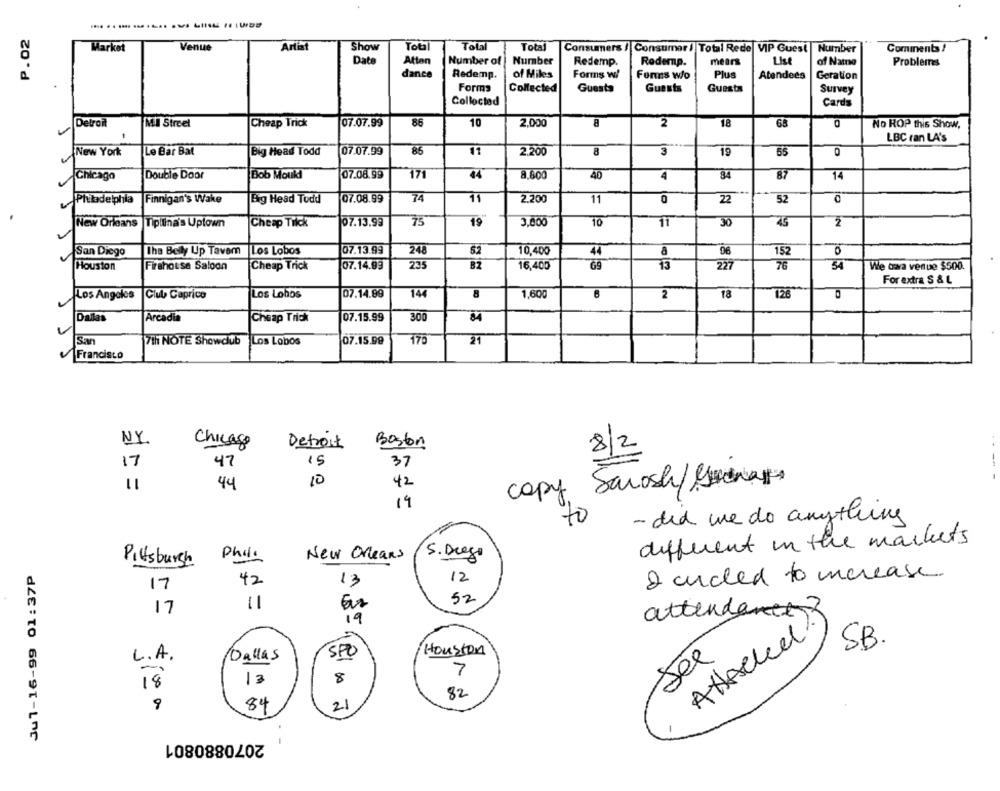
P.02
Market
Venue
Artiat
Show
Tot
Total
Total
Consumers / Consumer / Total Rede VIP Guest
Number
Comments !
Date
Atten
Number of
Number
Redemp.
Redemp.
mears
List
of Name
Problems
dance
Redemp.
of Miles
Forms w/
Forns w/o
Plus
Atendees
Geration
Forms
Collected
Guests
Guests
Guests
Survey
Collected
Cards
Detroit
MI Street
Cheap Trick
07.07.99
86
10
2.000
8
2
18
68
No ROP this Show,
LBC ran LA's
07.07.99
85
11
New York
Le Bar Bat
Big Head Todd
2,200
8
3
19
55
07.08.99
171
40
34
87
Chicago
Double Door
Bob Moukl
44
8.600
4
14
Finnigan's Wake
07.08.99
74
11
2.200
0
52
0
Philadelphia
Exig Head Todd
11
22
10
75
New Orleans |Tiplina's Uptown
Cheap Tilck
07.13.99
75
19
11
30
IN
San Diego
The Bely Up Tavem
Los Lobos
07.13.99
248
82
10,400
44
a
96
152
to
Houston
Firehouse Saloon
Cheap Trick
07.14.99
235
16,400
69
13
227
76
54
We owa venue $500.
For extra S & L
07.14.89
1,60
Los Angeles
Club Caprice
Los Lobos
144
8
2
18
126
0
Dallas
Arcadia
07.15.99
Cheap Trick
300
84
San
7th NOTE Showclub Los Lobos
07.15.99
21
Francisco
NY.
Chicago
Boston
Detroit
8/2
17
47
15
37
10
42
Saroch/ Muchas
--- -
44
copy
14
to
- did we do anything
different in the markets
Phili
Pitsburgh
New Orleans
S. Diego
Jul-16-99 01:37P
12
2 circled to increase
17
42
12
52
17
11
attendance?
19
S.B.
L.A.
Dallas
SPO
Houston
See
7
18'
13
8
82
9
84
21
2070880801